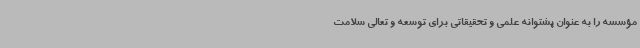
مؤسسه را به عنوان پشتوانه علمی و تحقیقاتی برای توسعه و تعالی سلامت